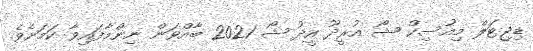
ޑިޖިޓަލް މިއުސިކް ޝޯ އުރީދޫ އީދު ޝޯ 2021 ބާއްވަން ނިންމާފައިވާ ކަމަށެވެ.